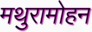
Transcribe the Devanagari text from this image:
मथुरामोहन